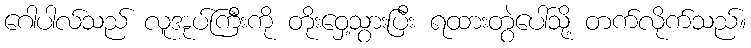
ဂေါပါလ်သည် လူအုပ်ကြီးကို တိုးဝှေ့သွားပြီး ရထားတွဲပေါ်သို့ တက်လိုက်သည်။